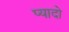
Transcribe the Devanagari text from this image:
प्‍यादो